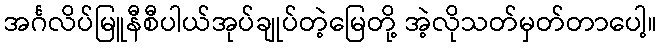
အင်္ဂလိပ်မြူနီစီပါယ်အုပ်ချုပ်တဲ့မြေတို့ အဲ့လိုသတ်မှတ်တာပေါ့။